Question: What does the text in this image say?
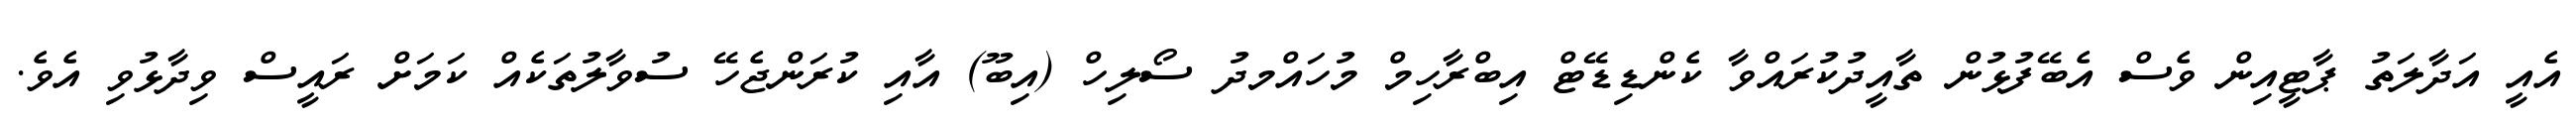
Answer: އެއީ އަދާލަތު ޕާޓީއިން ވެސް އެބޭފުޅުން ތާއީދުކުރައްވާ ކެންޑިޑޭޓް އިބްރާހިމް މުހައްމދު ސޯލިހް (އިބޫ) އާއި ކުރަންޖެހޭ ސުވާލުތަކެއް ކަމަށް ރައީސް ވިދާޅުވި އެވެ.